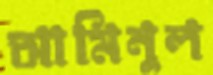
আমিনুল